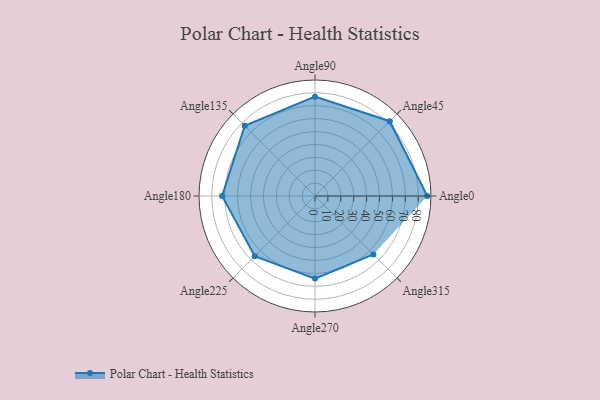
{"axis": {"x": "Angle", "y": "Radius"}, "legend": [""], "data": [{"x": "Angle0", "y": 87.0, "type": ""}, {"x": "Angle45", "y": 82.0, "type": ""}, {"x": "Angle90", "y": 77.0, "type": ""}, {"x": "Angle135", "y": 77.0, "type": ""}, {"x": "Angle180", "y": 72.0, "type": ""}, {"x": "Angle225", "y": 66.0, "type": ""}, {"x": "Angle270", "y": 64.0, "type": ""}, {"x": "Angle315", "y": 64.0, "type": ""}]}